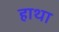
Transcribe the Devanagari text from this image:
हाथा